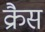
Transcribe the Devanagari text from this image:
क्रैस